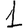
Digit: 1